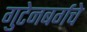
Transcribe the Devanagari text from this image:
गुटेनबर्गचे